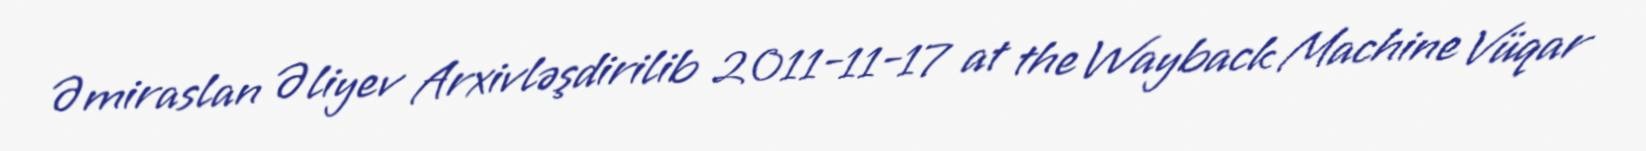
Əmiraslan Əliyev Arxivləşdirilib 2011-11-17 at the Wayback Machine Vüqar